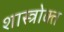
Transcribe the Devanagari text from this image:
शास्‍त्रोक्‍त